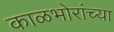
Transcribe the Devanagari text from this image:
काळभोरांच्या